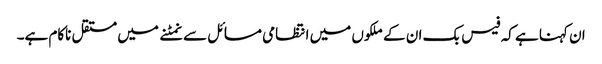
ان کہنا ہے کہ فیس بک ان کے ملکوں میں انتظامی مسائل سے نمٹنے میں مستقل ناکام ہے۔